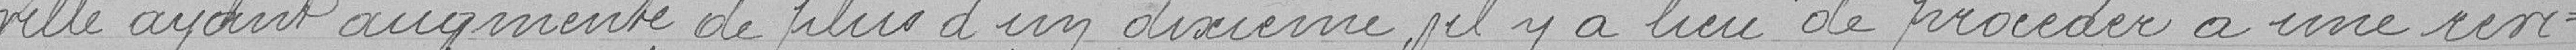
ville ayant augmenté de plus d'un dixième, il y a lieu de procéder à une révi-